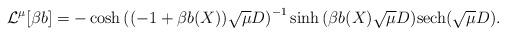
LaTeX: \begin{align*} \mathcal{L}^{\mu}[\beta b] = - \cosh{((-1+\beta b(X))\sqrt{\mu}D)}^{-1}\sinh{(\beta b(X) \sqrt{\mu }D)}\mathrm{sech}(\sqrt{\mu }D). \end{align*}